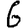
Digit: 6